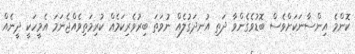
ކޮންމެ އިންސާނަކަށްވެސް ބޮޑުވެގެންވާ ދަތި އުނދަގުލެއް ނުވަތަ ބިރުވެރިކަމެއް ކުރިމަތިވެއްޖެނަމަ އެމީހަކީ ދީނެއް